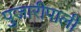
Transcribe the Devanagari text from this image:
पुजारीपाली